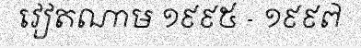
វៀតណាម ១៩៩៥ - ១៩៩៧